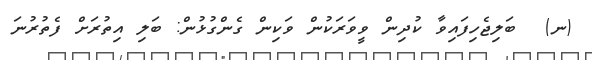
(ނ)  ބަލިޖެހިފައިވާ ކުދިން ވީވަރަކުން ވަކިން ގެންގުޅުން: ބަލި އިތުރަށް ފެތުރުނަ